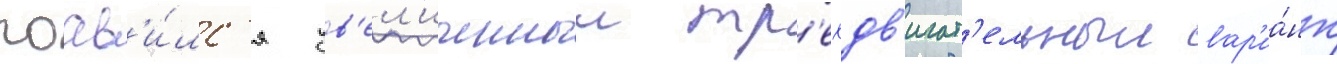
поав'и́лс'я ув'ел'иченныи тр'ехдв'игат'ельныи вар'иа́нт